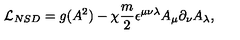
{ \cal L } _ { N S D } = g ( A ^ { 2 } ) - \chi \frac { m } { 2 } \epsilon ^ { \mu \nu \lambda } A _ { \mu } \partial _ { \nu } A _ { \lambda } ,